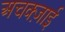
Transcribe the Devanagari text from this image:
अचक्ज़ाई